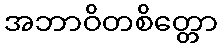
အဘာဝိတစိတ္တော